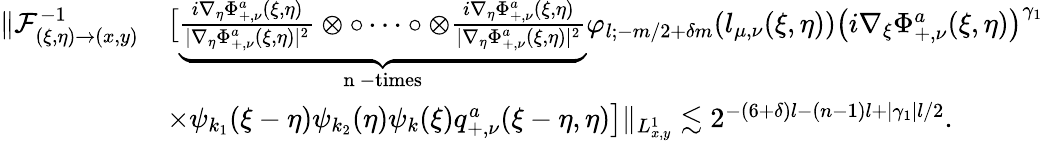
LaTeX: \begin{array}{rl}{\| \mathcal{F}_{(\xi,\eta)\rightarrow(x,y)}^{-1}}&{\big[\underbrace{\frac{i\nabla_{\eta}\Phi_{+,\nu}^{a}(\xi,\eta)}{|\nabla_{\eta}\Phi_{+,\nu}^{a}(\xi,\eta)|^{2}}\otimes\circ\cdots\circ\otimes\frac{i\nabla_{\eta}\Phi_{+,\nu}^{a}(\xi,\eta)}{|\nabla_{\eta}\Phi_{+,\nu}^{a}(\xi,\eta)|^{2}}}_{\mathrm{~n~-times~}}\varphi_{l;-m/2+\delta m}(l_{\mu,\nu}(\xi,\eta))\big(i\nabla_{\xi}\Phi_{+,\nu}^{a}(\xi,\eta)\big)^{\gamma_{1}}}\\ &{\times\psi_{k_{1}}(\xi-\eta)\psi_{k_{2}}(\eta)\psi_{k}(\xi)q_{+,\nu}^{a}(\xi-\eta,\eta)\big]\| _{L_{x,y}^{1}}\lesssim 2^{-(6+\delta)l-(n-1)l+|\gamma_{1}|l/2}.}\end{array}